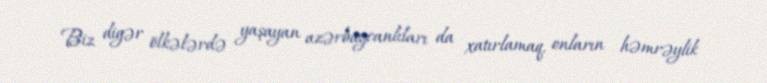
Biz digər ölkələrdə yaşayan azərbaycanlıları da xatırlamaq, onların həmrəylik